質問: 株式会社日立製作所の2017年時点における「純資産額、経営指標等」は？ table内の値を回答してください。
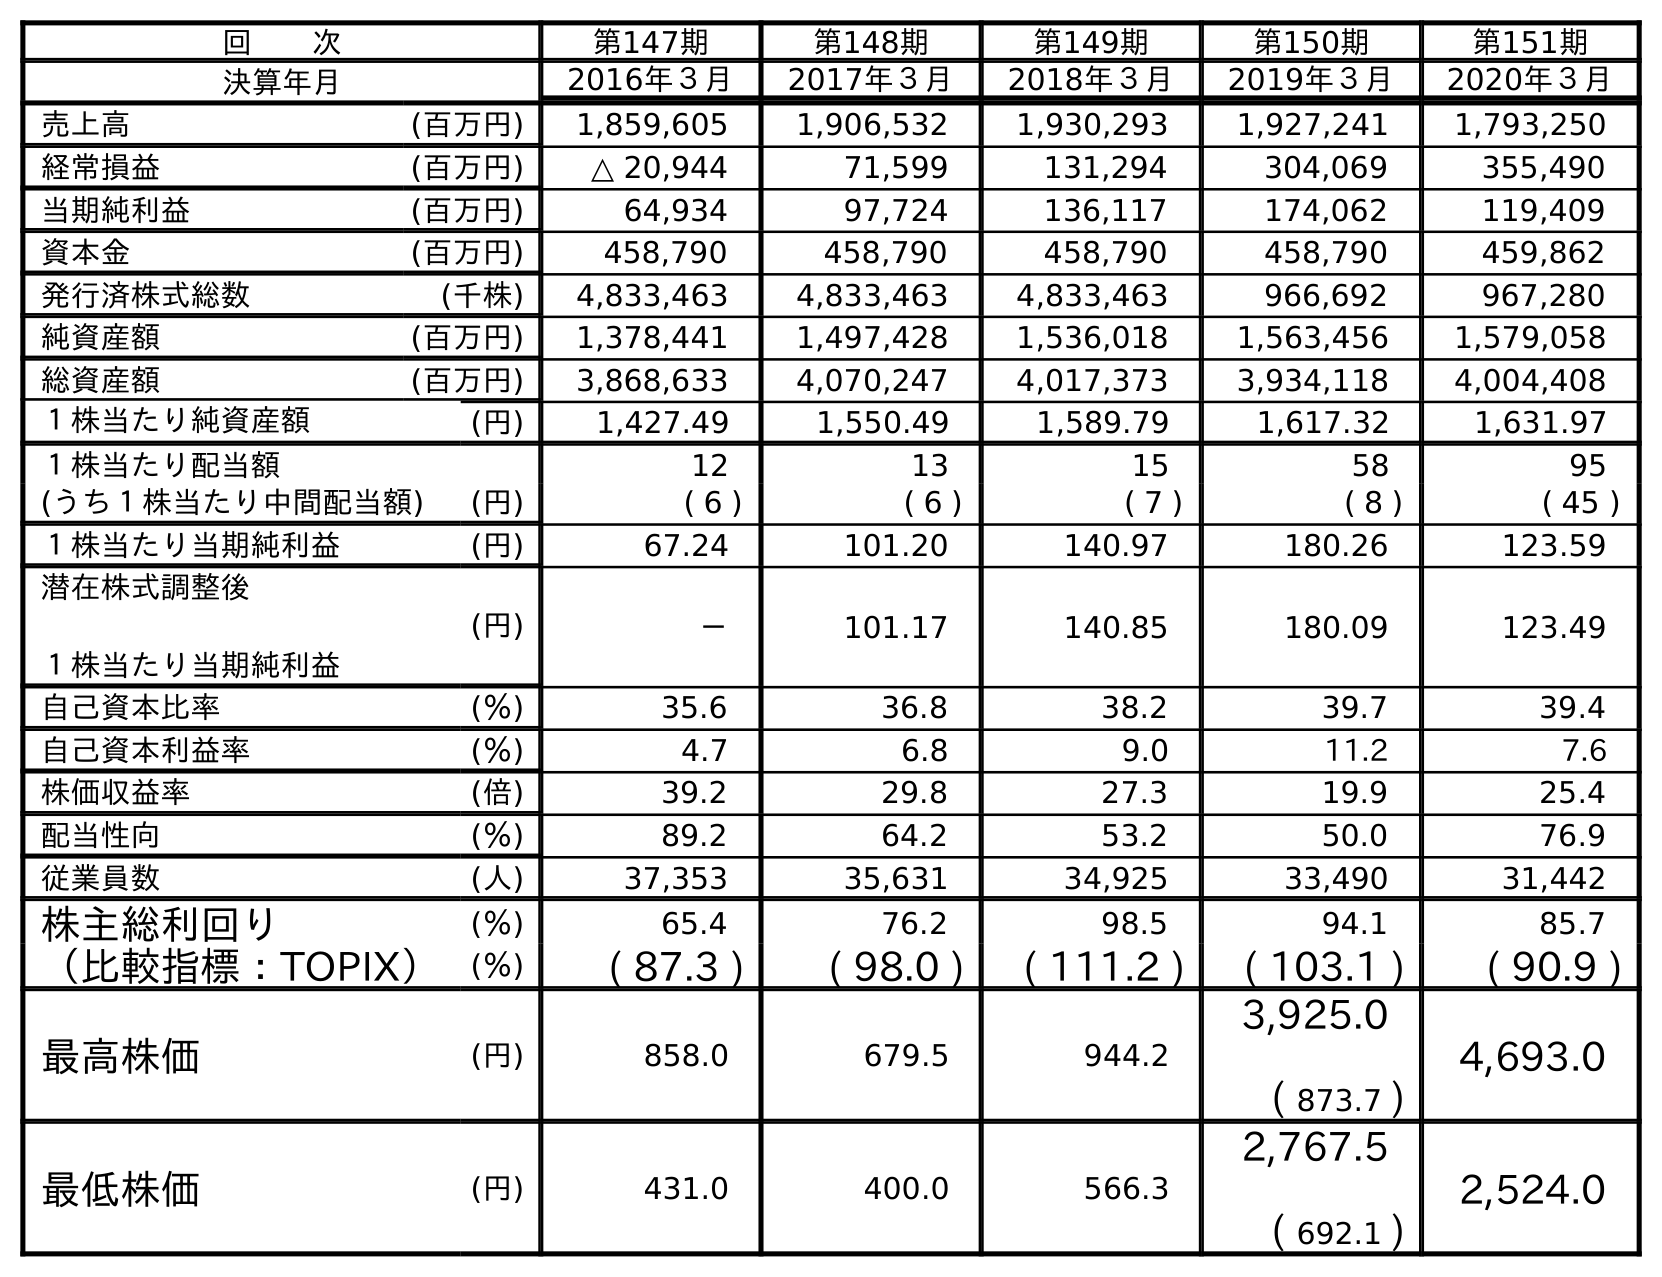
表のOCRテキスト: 回  次 第147期 第148期 第149期 第150期 第151期 決算年月 2016年３月 2017年３月 2018年３月 2019年３月 2020年３月 売上高 (百万円) 1,859,605 1,906,532 1,930,293 1,927,241 1,793,250 経常損益 (百万円) △ 20,944 71,599 131,294 304,069 355,490 当期純利益 (百万円) 64,934 97,724 136,117 174,062 119,409 資本金 (百万円) 458,790 458,790 458,790 458,790 459,862 発行済株式総数 (千株) 4,833,463 4,833,463 4,833,463 966,692 967,280 純資産額 (百万円) 1,378,441 1,497,428 1,536,018 1,563,456 1,579,058 総資産額 (百万円) 3,868,633 4,070,247 4,017,373 3,934,118 4,004,408 １株当たり純資産額 (円) 1,427.49 1,550.49 1,589.79 1,617.32 1,631.97 １株当たり配当額 12 13 15 58 95 (うち１株当たり中間配当額) (円) ( 6 ) ( 6 ) ( 7 ) ( 8 ) ( 45 ) １株当たり当期純利益 (円) 67.24 101.20 140.97 180.26 123.59 潜在株式調整後 １株当たり当期純利益 (円) － 101.17 140.85 180.09 123.49 自己資本比率 (％) 35.6 36.8 38.2 39.7 39.4 自己資本利益率 (％) 4.7 6.8 9.0 11.2 7.6 株価収益率 (倍) 39.2 29.8 27.3 19.9 25.4 配当性向 (％) 89.2 64.2 53.2 50.0 76.9 従業員数 (人) 37,353 35,631 34,925 33,490 31,442 株主総利回り (％) 65.4 76.2 98.5 94.1 85.7 （比較指標：TOPIX） (％) ( 87.3 ) ( 98.0 ) ( 111.2 ) ( 103.1 ) ( 90.9 ) 最高株価 (円) 858.0 679.5 944.2 3,925.0 ( 873.7 ) 4,693.0 最低株価 (円) 431.0 400.0 566.3 2,767.5 ( 692.1 ) 2,524.0
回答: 1,497,428